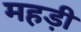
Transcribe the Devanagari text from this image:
महड़ी